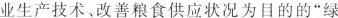
业生产技术。改善粮食供应状况为目的的”绿